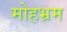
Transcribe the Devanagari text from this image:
मोहभ्रम